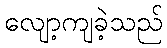
လျော့ကျခဲ့သည်